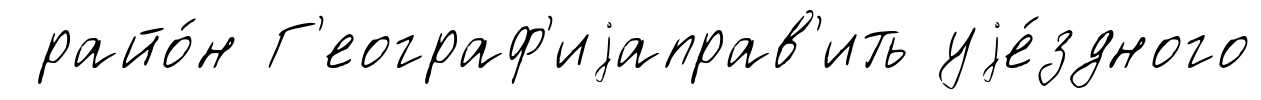
райо́н Г'еограф'иjаправ'ить уjе́здного